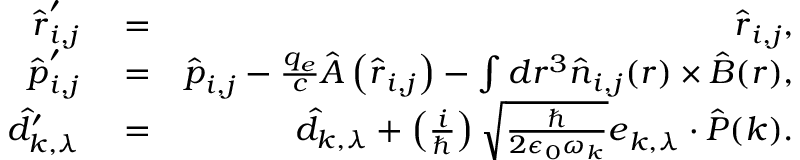
\begin{array} { r l r } { \hat { \boldsymbol r } _ { i , j } ^ { \prime } } & { { } = } & { \hat { \boldsymbol r } _ { i , j } , } \\ { \hat { \boldsymbol p } _ { i , j } ^ { \prime } } & { { } = } & { \hat { \boldsymbol p } _ { i , j } - \frac { q _ { e } } { c } \hat { \boldsymbol A } \left( \hat { \boldsymbol r } _ { i , j } \right) - \int d \boldsymbol r ^ { 3 } \hat { \boldsymbol n } _ { i , j } ( \boldsymbol r ) \times \hat { \boldsymbol B } ( \boldsymbol r ) , } \\ { \hat { d } _ { \boldsymbol k , \lambda } ^ { \prime } } & { { } = } & { \hat { d } _ { \boldsymbol k , \lambda } + \left( \frac { i } { \hbar } \right) \sqrt { \frac { \hbar } { 2 \epsilon _ { 0 } \omega _ { \boldsymbol k } } } { \boldsymbol e } _ { \boldsymbol k , \lambda } \cdot \hat { \boldsymbol P } ( \boldsymbol k ) . } \end{array}